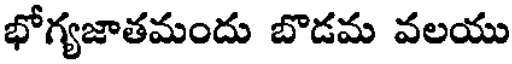
భోగ్యజాతమందు బొడమ వలయు